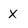
Character: x